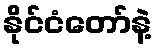
နိုင်ငံတော်နဲ့